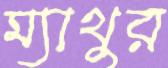
ম্যাথুর